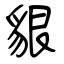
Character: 貇